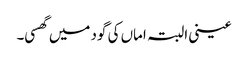
عینی البتہ اماں کی گود میں گھسی۔